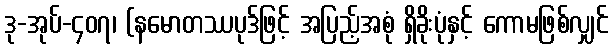
ဒု-အုပ်-၄၀၇၊ (နမောတဿပုဒ်ဖြင့် အပြည့်အစုံ ရှိခိုးပုံနှင့် ကောမဖြစ်လျှင်